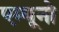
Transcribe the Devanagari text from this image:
एम्यूनो